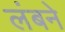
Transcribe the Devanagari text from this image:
लंबने